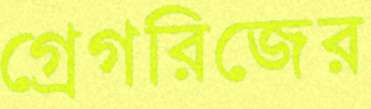
গ্রেগরিজের